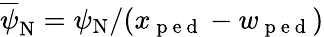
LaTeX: \overline{{\psi}}_{\mathrm{N}}=\psi_{\mathrm{N}}/(x_{\mathrm{~p~e~d~}}-w_{\mathrm{~p~e~d~}})